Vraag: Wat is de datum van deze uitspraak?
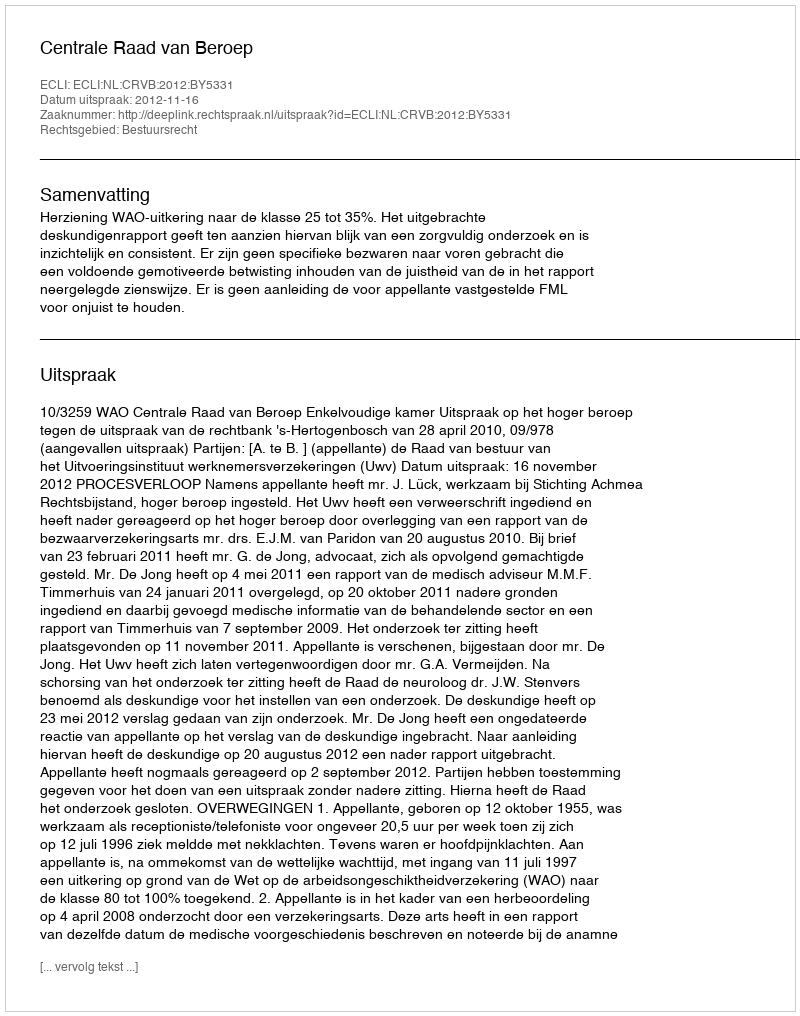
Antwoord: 2012-11-16